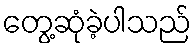
တွေ့ဆုံခဲ့ပါသည်